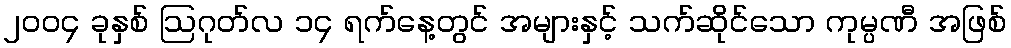
၂၀၀၄ ခုနှစ် ဩဂုတ်လ ၁၄ ရက်နေ့တွင် အများနှင့် သက်ဆိုင်သော ကုမ္ပဏီ အဖြစ်